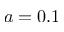
a = 0 . 1